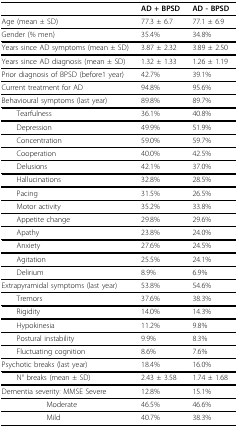
<table><thead><tr><td></td><td><b>AD + BPSD</b></td><td><b>AD - BPSD</b></td></tr></thead><tbody><tr><td>Age (mean ± SD)</td><td>77.3 ± 6.7</td><td>77.1 ± 6.9</td></tr><tr><td>Gender (% men)</td><td>35.4%</td><td>34.8%</td></tr><tr><td>Years since AD symptoms (mean ± SD)</td><td>3.87 ± 2.32</td><td>3.89 ± 2.50</td></tr><tr><td>Years since AD diagnosis (mean ± SD)</td><td>1.32 ± 1.33</td><td>1.26 ± 1.19</td></tr><tr><td>Prior diagnosis of BPSD (before1 year)</td><td>42.7%</td><td>39.1%</td></tr><tr><td>Current treatment for AD</td><td>94.8%</td><td>95.6%</td></tr><tr><td>Behavioural symptoms (last year)</td><td>89.8%</td><td>89.7%</td></tr><tr><td> Tearfulness</td><td>36.1%</td><td>40.8%</td></tr><tr><td> Depression</td><td>49.9%</td><td>51.9%</td></tr><tr><td> Concentration</td><td>59.0%</td><td>59.7%</td></tr><tr><td> Cooperation</td><td>40.0%</td><td>42.5%</td></tr><tr><td> Delusions</td><td>42.1%</td><td>37.0%</td></tr><tr><td> Hallucinations</td><td>32.8%</td><td>28.5%</td></tr><tr><td> Pacing</td><td>31.5%</td><td>26.5%</td></tr><tr><td> Motor activity</td><td>35.2%</td><td>33.8%</td></tr><tr><td> Appetite change</td><td>29.8%</td><td>29.6%</td></tr><tr><td> Apathy</td><td>23.8%</td><td>24.0%</td></tr><tr><td> Anxiety</td><td>27.6%</td><td>24.5%</td></tr><tr><td> Agitation</td><td>25.5%</td><td>24.1%</td></tr><tr><td> Delirium</td><td>8.9%</td><td>6.9%</td></tr><tr><td>Extrapyramidal symptoms (last year)</td><td>53.8%</td><td>54.6%</td></tr><tr><td> Tremors</td><td>37.6%</td><td>38.3%</td></tr><tr><td> Rigidity</td><td>14.0%</td><td>14.3%</td></tr><tr><td> Hypokinesia</td><td>11.2%</td><td>9.8%</td></tr><tr><td> Postural instability</td><td>9.9%</td><td>8.3%</td></tr><tr><td> Fluctuating cognition</td><td>8.6%</td><td>7.6%</td></tr><tr><td>Psychotic breaks (last year)</td><td>18.4%</td><td>16.0%</td></tr><tr><td> N° breaks (mean ± SD)</td><td>2.43 ± 3.58</td><td>1.74 ± 1.68</td></tr><tr><td>Dementia severity: MMSE Severe</td><td>12.8%</td><td>15.1%</td></tr><tr><td>Moderate</td><td>46.5%</td><td>46.6%</td></tr><tr><td>Mild</td><td>40.7%</td><td>38.3%</td></tr></tbody></table>